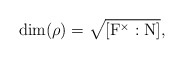
\begin{align*} \rm{dim}(\rho)=\sqrt{[F^\times:N]},\end{align*}